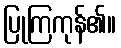
ပြုကြကုန်၏။